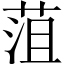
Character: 菹